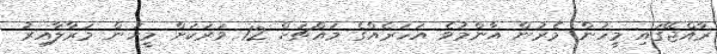
ރާއްޖޭގައި މީހުން މެރުން އާންމުވެ އަހަރެއްގެ މައްޗަށް 12 ވަރަކަށް މީހުން މަރާލާއިރު